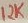
Text: 12K